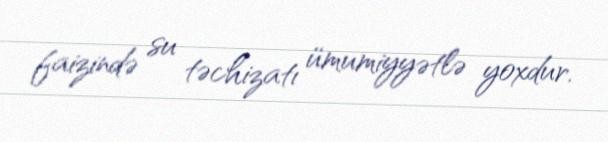
faizində su təchizatı ümumiyyətlə yoxdur.